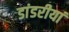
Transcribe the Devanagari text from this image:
डांडरीयां